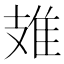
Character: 䧴